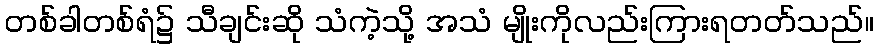
တစ်ခါတစ်ရံ၌ သီချင်းဆို သံကဲ့သို့ အသံ မျိုးကိုလည်းကြားရတတ်သည်။